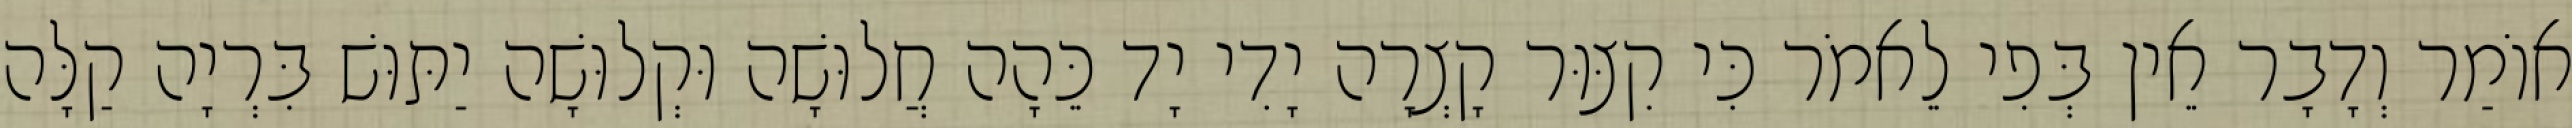
אוֹמַר וְדָבָר אֵין בְּפִי לֵאמֹר כִּי קִצּוּר קָצְרָה יָדִי יָד כֵּהָה חֲלוּשָׁה וּקְלוּשָׁה יַתּוּשׁ בִּרְיָה קַלָּה